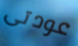
عودتى